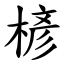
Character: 楌